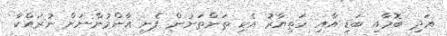
އަދި ބޮމާއި ބަޑި އާއި ހަތިޔާރު އެކި ތަންތަނުން ފެނި އާންމުންނަށް ނުރައްކާ